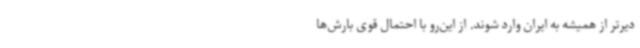
دیرتر از همیشه به ایران وارد شوند. از این‌رو با احتمال قوی بارش‌ها